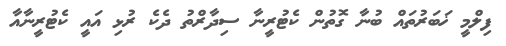
ފިލްމީ ޚަބަރުތައް ބުނާ ގޮތުން ކެޓުރީނާ ސިދާރްތު ދެކެ ރުޅި އައީ ކެޓުރީނާއާ